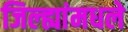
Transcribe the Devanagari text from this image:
जिल्ह्यांमधले